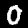
Label: 0